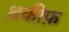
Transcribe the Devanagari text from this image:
थ़कीफ़